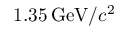
1 . 3 5 \, \mathrm { G e V } / c ^ { 2 }